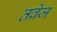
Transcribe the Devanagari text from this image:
तव्रेज